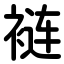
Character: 裢